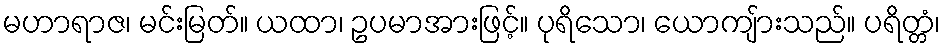
မဟာရာဇ၊ မင်းမြတ်။ ယထာ၊ ဥပမာအားဖြင့်။ ပုရိသော၊ ယောကျ်ားသည်။ ပရိတ္တံ၊